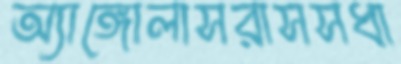
অ্যাঙ্গোলাসরাসসধা